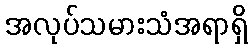
အလုပ်သမားသံအရာရှိ